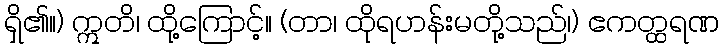
ရှိ၏။) ဣတိ၊ ထို့ကြောင့်။ (တာ၊ ထိုရဟန်းမတို့သည်၊) ဧကတ္ထရဏ